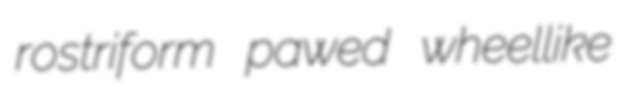
rostriform pawed wheellike